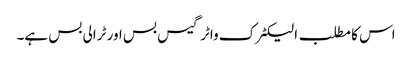
اس کا مطلب الیکٹرک واٹر گیس بس اور ٹرالی بس ہے۔